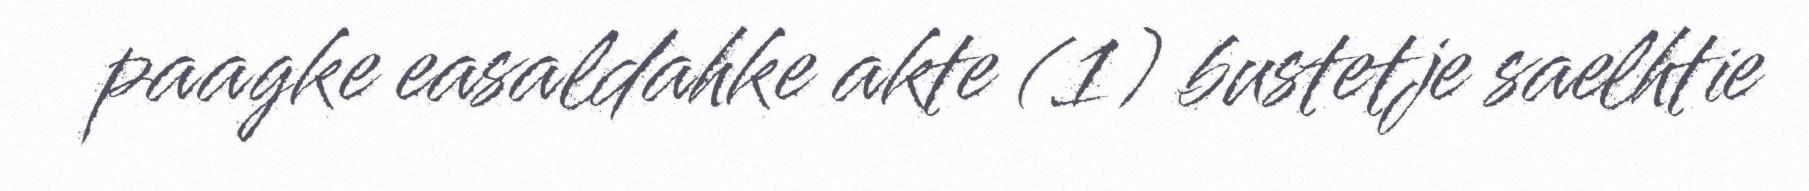
paagke easaldahke akte (1) bustetje saelhtie